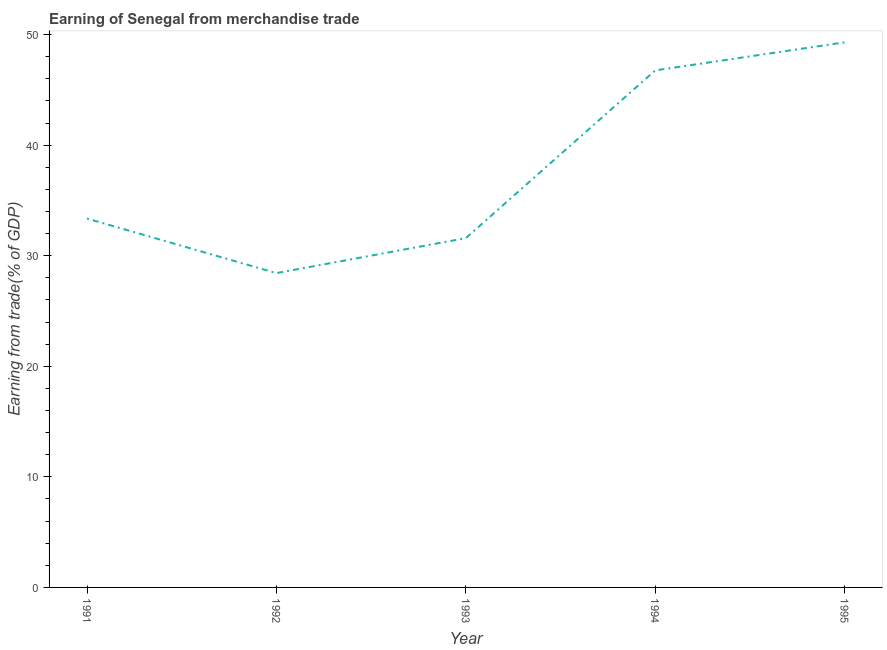
| Year | Merchandise trade |
 | --- | --- |
 | 1991 | 33.4 |
 | 1992 | 28.4 |
 | 1993 | 31.6 |
 | 1994 | 46.8 |
 | 1995 | 49.3 |